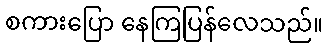
စကားပြော နေကြပြန်လေသည်။